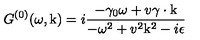
G ^ { ( 0 ) } ( \omega , \mathrm { \boldmath k } ) = i \frac { - \gamma _ { 0 } \omega + v \mathrm { \boldmath \gamma \cdot k } } { - \omega ^ { 2 } + v ^ { 2 } \mathrm { \boldmath k } ^ { 2 } - i \epsilon }